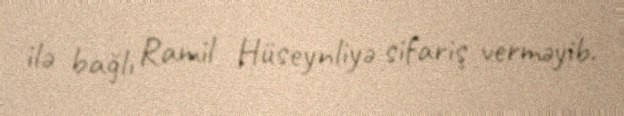
ilə bağlı Ramil Hüseynliyə sifariş verməyib.